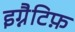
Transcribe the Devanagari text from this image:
इग्नैटिफ़